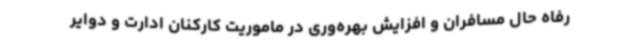
رفاه حال مسافران و افزایش بهره‌وری در ماموریت کارکنان ادارت و دوایر